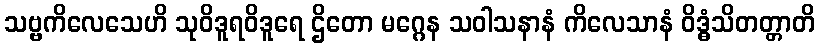
သဗ္ဗကိလေသေဟိ သုဝိဒူရဝိဒူရေ ဌိတော မဂ္ဂေန သဝါသနာနံ ကိလေသာနံ ဝိဒ္ဓံသိတတ္တာတိ